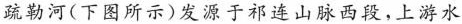
疏勒河(下图所示)发源于祁连山脉西段，上游水